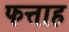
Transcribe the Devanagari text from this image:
फत्ताह